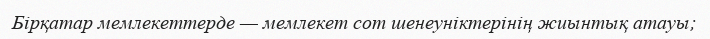
Бірқатар мемлекеттерде — мемлекет сот шенеуніктерінің жиынтық атауы;